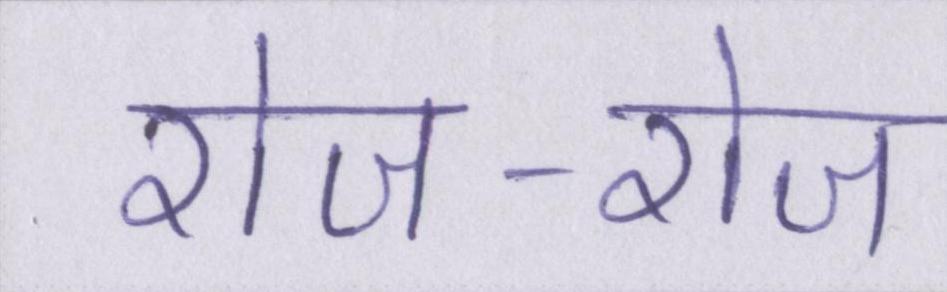
रोज-रोज